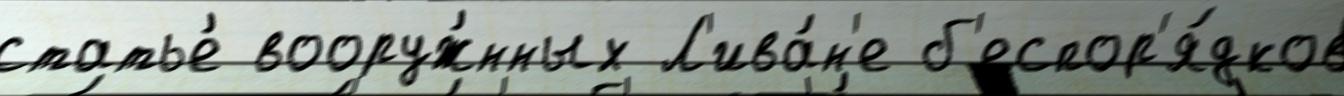
статье́ вооруж́нных Л'ива́н'е б'еспор'я́дков